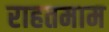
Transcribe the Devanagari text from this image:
राहतमाम